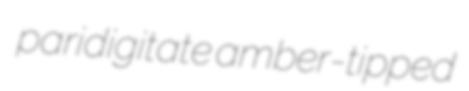
paridigitate amber-tipped